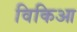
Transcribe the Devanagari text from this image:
विकिआ